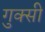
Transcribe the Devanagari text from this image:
गुक्सी